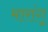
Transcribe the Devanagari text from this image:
मारांगू